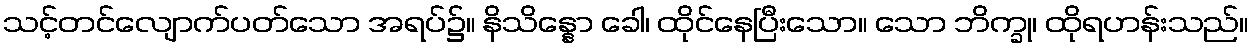
သင့်တင်လျောက်ပတ်သော အရပ်၌။ နိသိန္နော ခေါ၊ ထိုင်နေပြီးသော။ သော ဘိက္ခု၊ ထိုရဟန်းသည်။